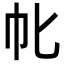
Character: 㠲